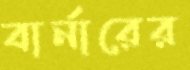
বার্নারের